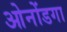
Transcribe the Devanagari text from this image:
ओनोंडगा